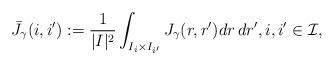
LaTeX: \begin{align*}\bar J_{\gamma}(i,i'):=\frac{1}{|I|^2}\int_{I_i\times I_{i'}}J_{\gamma}(r,r')dr\, dr',i,i'\in\mathcal I,\end{align*}